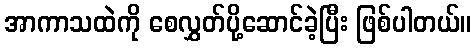
အာကာသထဲကို စေလွှတ်ပို့ဆောင်ခဲ့ပြီး ဖြစ်ပါတယ်။